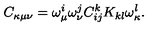
C _ { \kappa \mu \nu } = \omega _ { \mu } ^ { i } \omega _ { \nu } ^ { j } C _ { i j } ^ { k } K _ { k l } \omega _ { \kappa } ^ { l } .